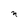
Character: n